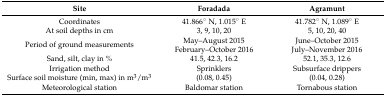
<table><thead><tr><td><b>Site</b></td><td><b>Foradada</b></td><td><b>Agramunt</b></td></tr></thead><tbody><tr><td>Coordinates</td><td>41.866° N, 1.015° E</td><td>41.782° N, 1.089° E</td></tr><tr><td>At soil depths in cm</td><td>3, 9, 10, 20</td><td>5, 10, 20, 40</td></tr><tr><td>Period of ground measurements</td><td>May–August 2015 February–October 2016</td><td>June–October 2015 July–November 2016</td></tr><tr><td>Sand, silt, clay in %</td><td>41.5, 42.3, 16.2</td><td>52.1, 35.3, 12.6</td></tr><tr><td>Irrigation method</td><td>Sprinklers</td><td>Subsurface drippers</td></tr><tr><td>Surface soil moisture (min, max) in m<sup>3</sup>/m<sup>3</sup></td><td>(0.08, 0.45)</td><td>(0.04, 0.28)</td></tr><tr><td>Meteorological station</td><td>Baldomar station</td><td>Tornabous station</td></tr></tbody></table>